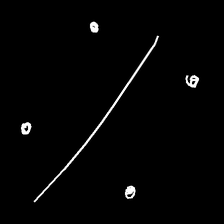
Glyph: cool